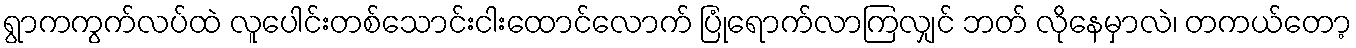
ရွာကကွက်လပ်ထဲ လူပေါင်းတစ်သောင်းငါးထောင်လောက် ပြုံရောက်လာကြလျှင် ဘတ် လိုနေမှာလဲ၊ တကယ်တော့